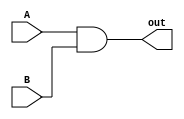
// logic op AND for 1 bit inputs
module SIMPLE_AND(input A,B, output reg out);
	always @(*) begin
		out <= A & B;
	end
endmodule